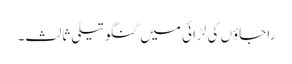
راجاؤں کی لڑائی میں گنگوتیلی ثالث۔